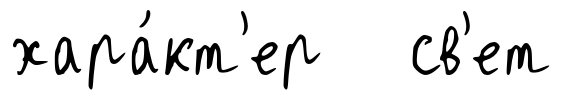
хара́кт'ер св'ет